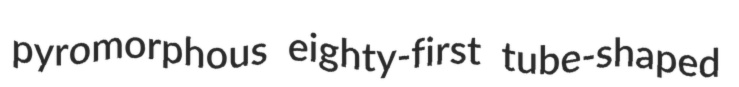
pyromorphous eighty-first tube-shaped